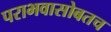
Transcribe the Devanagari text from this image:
पराभवासोबतच